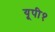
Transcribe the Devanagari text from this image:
यूपी१